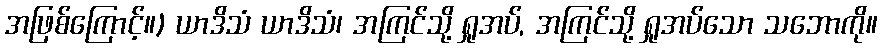
အဖြစ်ကြောင့်။) ယာဒိသံ ယာဒိသံ၊ အကြင်သို့ ရှုအပ်, အကြင်သို့ ရှုအပ်သော သဘောကို။